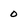
Character: 0